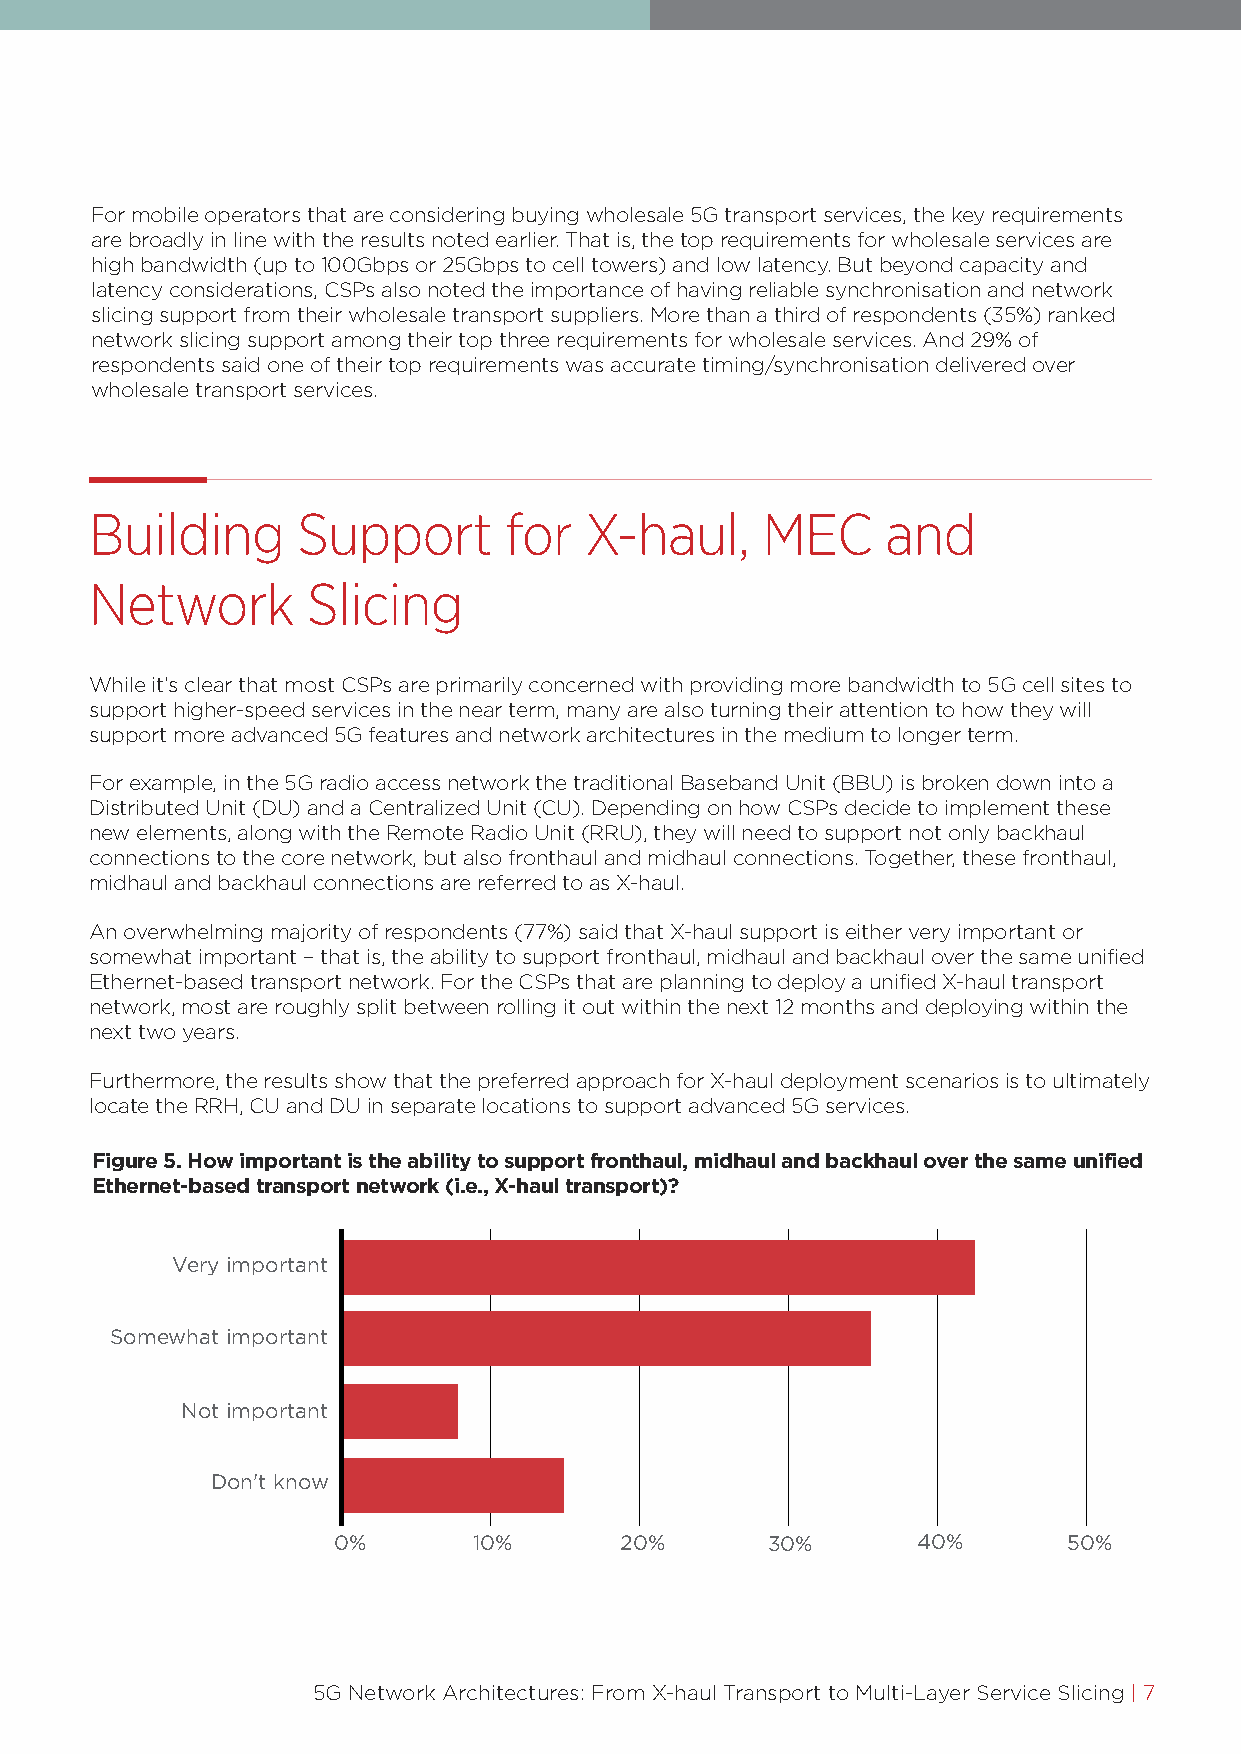
For mobile operators that are considering buying wholesale 5G transport services, the key requirements
 are broadly in line with the results noted earlier. That is, the top requirements for wholesale services are
 high bandwidth (up to 100Gbps or 25Gbps to cell towers) and low latency. But beyond capacity and
 latency considerations, CSPs also noted the importance of having reliable synchronisation and network
 slicing support from their wholesale transport suppliers. More than a third of respondents (35%) ranked
 network slicing support among their top three requirements for wholesale services. And 29% of
 respondents said one of their top requirements was accurate timing/synchronisation delivered over
 wholesale transport services.
 Building      Support      for   X-haul,    MEC      and
 Network       Slicing
 While it’s clear that most CSPs are primarily concerned with providing more bandwidth to 5G cell sites to
 support higher-speed services in the near term, many are also turning their attention to how they will
 support more advanced 5G features and network architectures in the medium to longer term.
 For example, in the 5G radio access network the traditional Baseband Unit (BBU) is broken down into a
 Distributed Unit (DU) and a Centralized Unit (CU). Depending on how CSPs decide to implement these
 new elements, along with the Remote Radio Unit (RRU), they will need to support not only backhaul
 connections to the core network, but also fronthaul and midhaul connections. Together, these fronthaul,
 midhaul and backhaul connections are referred to as X-haul.
 An overwhelming majority of respondents (77%) said that X-haul support is either very important or
 somewhat important – that is, the ability to support fronthaul, midhaul and backhaul over the same unified
 Ethernet-based transport network. For the CSPs that are planning to deploy a unified X-haul transport
 network, most are roughly split between rolling it out within the next 12 months and deploying within the
 next two years.
 Furthermore, the results show that the preferred approach for X-haul deployment scenarios is to ultimately
 locate the RRH, CU and DU in separate locations to support advanced 5G services.
 Figure 5. How important is the ability to support fronthaul, midhaul and backhaul over the same unified
 Ethernet-based transport network (i.e., X-haul transport)?
 Very important
 Somewhat important
 Not important
 Don't know
 0%       10%       20%       30%       40%       50%
 5G Network Architectures: From X-haul Transport to Multi-Layer Service Slicing | 7